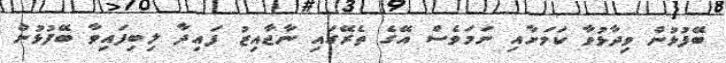
ބޭފުޅުން ވިދާޅުވާ ކަމަށާއި ނަމަވެސް އޭގެ ތެރޭގައި ނާޖާއިޒު ފައިދާ ލިބިފައިވާ ބޭފުޅުން